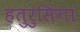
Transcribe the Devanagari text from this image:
हतुरुसिंगा